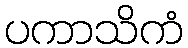
ပကာသိကံ